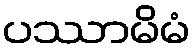
ပဿာမိမံ